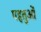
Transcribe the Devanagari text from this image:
पहतुओं